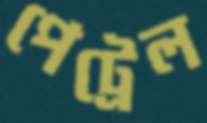
পেট্রেল